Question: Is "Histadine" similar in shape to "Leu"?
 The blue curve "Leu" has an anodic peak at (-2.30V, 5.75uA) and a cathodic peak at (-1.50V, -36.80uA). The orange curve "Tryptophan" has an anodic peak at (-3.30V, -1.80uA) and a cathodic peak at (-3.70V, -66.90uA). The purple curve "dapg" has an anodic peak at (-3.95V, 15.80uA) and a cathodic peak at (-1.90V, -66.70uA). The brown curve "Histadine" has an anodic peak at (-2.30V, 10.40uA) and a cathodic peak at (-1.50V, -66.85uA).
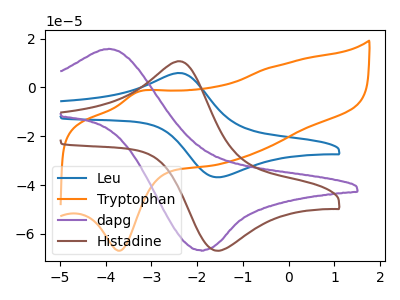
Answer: <think>All the peaks in "Histadine" have a peak in "Leu" at the same potential. Every peak in "Histadine" is higher than every peak in "Leu".
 </think>
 <answer>"Histadine" and "Leu" are similar in shape.</answer>
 <eval>same_shape</eval>